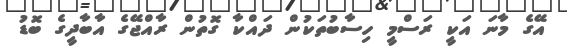
އޭގެ މާނަ އަކީ ރަސްމީ ހިސާބުތަކުން ދައްކާ ގޮތުން ރާއްޖޭގެ އާބާދީގެ ބޮޑު